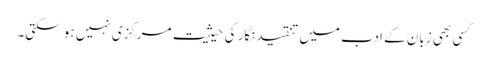
کسی بھی زبان کے ادب میں تنقیدنگار کی حیثیت مرکزی نہیں ہو سکتی۔